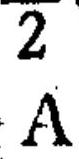
$\begin{matrix}2\\A\end{matrix}$